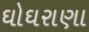
ઘોઘરાણા